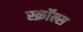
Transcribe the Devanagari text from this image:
स्क्रॉल्स